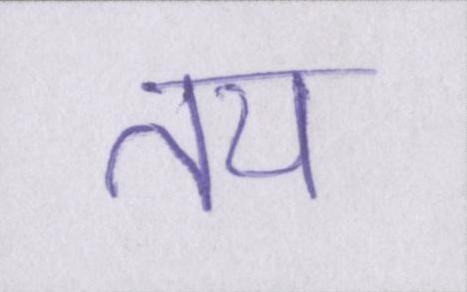
तय